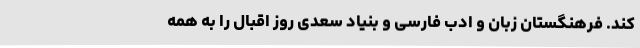
کند. فرهنگستان زبان و ادب فارسی و بنیاد سعدی روز اقبال را به همه